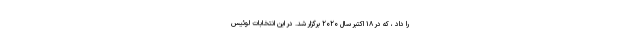
را داد ، که در ۱۸ اکتبر سال ۲۰۲۰ برگزار شد. در این انتخابات لوئیس